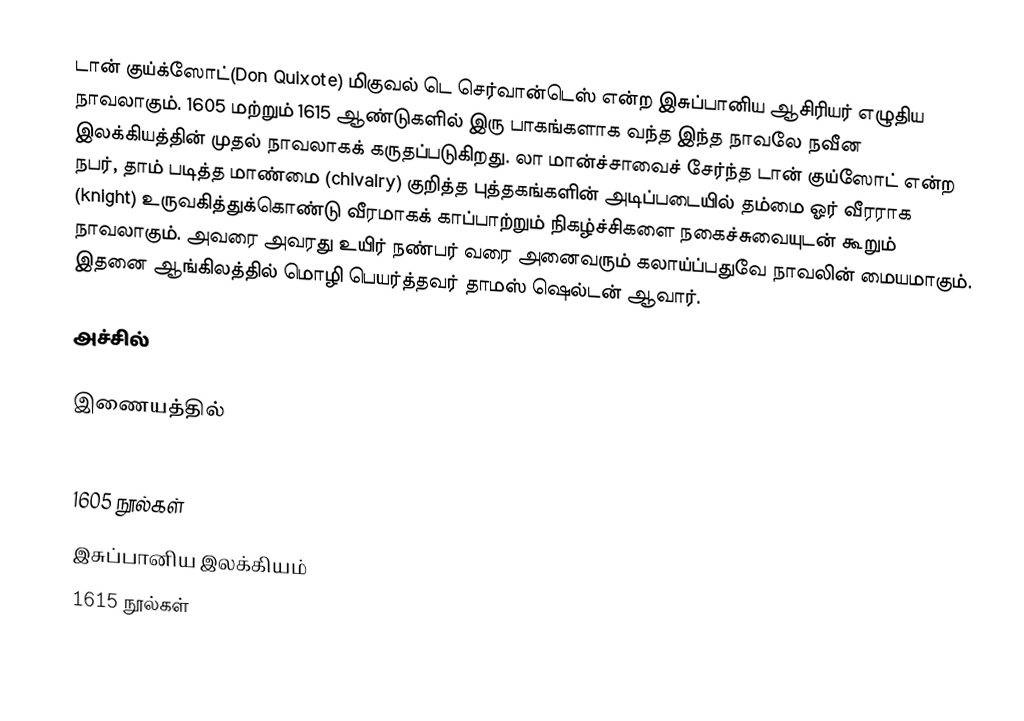
டான் குய்க்ஸோட்(Don Quixote) மிகுவல் டெ செர்வான்டெஸ் என்ற இசுப்பானிய ஆசிரியர் எழுதிய நாவலாகும். 1605 மற்றும் 1615 ஆண்டுகளில் இரு பாகங்களாக வந்த இந்த நாவலே நவீன இலக்கியத்தின் முதல் நாவலாகக் கருதப்படுகிறது. லா மான்ச்சாவைச் சேர்ந்த டான் குய்ஸோட் என்ற நபர், தாம் படித்த மாண்மை (chivalry) குறித்த புத்தகங்களின் அடிப்படையில் தம்மை ஓர் வீரராக (knight) உருவகித்துக்கொண்டு வீரமாகக் காப்பாற்றும் நிகழ்ச்சிகளை நகைச்சுவையுடன் கூறும் நாவலாகும். அவரை அவரது உயிர் நண்பர் வரை அனைவரும் கலாய்ப்பதுவே நாவலின் மையமாகும். இதனை ஆங்கிலத்தில் மொழி பெயர்த்தவர் தாமஸ் ஷெல்டன் ஆவார்.

அச்சில்

இணையத்தில்

1605 நூல்கள்
இசுப்பானிய இலக்கியம்
1615 நூல்கள்